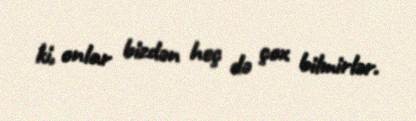
ki, onlar bizdən heç də çox bilmirlər.